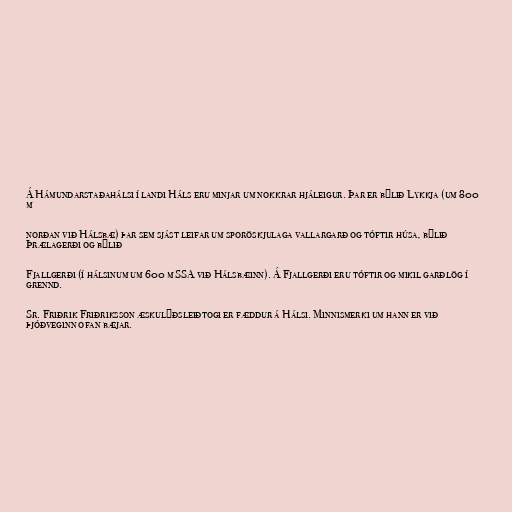
Á Hámundarstaðahálsi í landi Háls eru minjar um nokkrar hjáleigur. Þar er býlið Lykkja (um 800
m

norðan við Hálsbæ) þar sem sjást leifar um sporöskjulaga vallargarð og tóftir húsa, býlið
Þrælagerði og býlið

Fjallgerði (í hálsinum um 600 m SSA við Hálsbæinn). Á Fjallgerði eru tóftir og mikil garðlög í
grennd.

Sr. Friðrik Friðriksson æskulýðsleiðtogi er fæddur á Hálsi. Minnismerki um hann er við
þjóðveginn ofan bæjar.